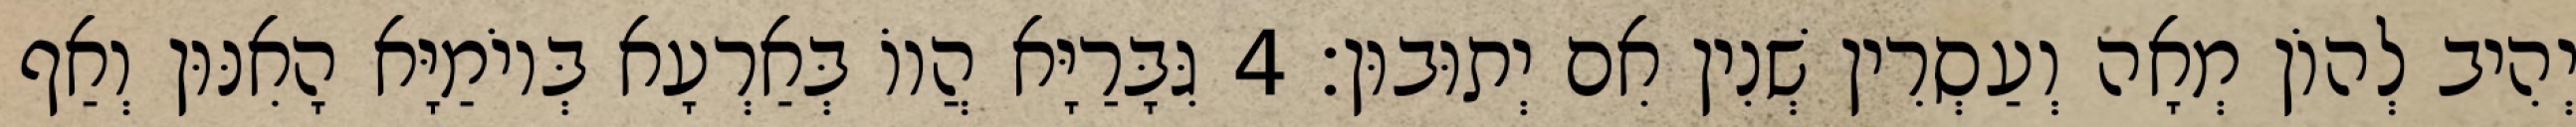
יְהִיב לְהוֹן מְאָה וְעַסְרִין שְׁנִין אִם יְתוּבוּן׃ 4 גִּבָּרַיָּא הֲווֹ בְּאַרְעָא בְּיוֹמַיָּא הָאִנּוּן וְאַף